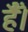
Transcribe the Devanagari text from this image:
हैैँँ।